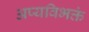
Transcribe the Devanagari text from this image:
अप्यविभक्तं